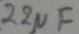
Text: 22µF